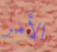
الأمر